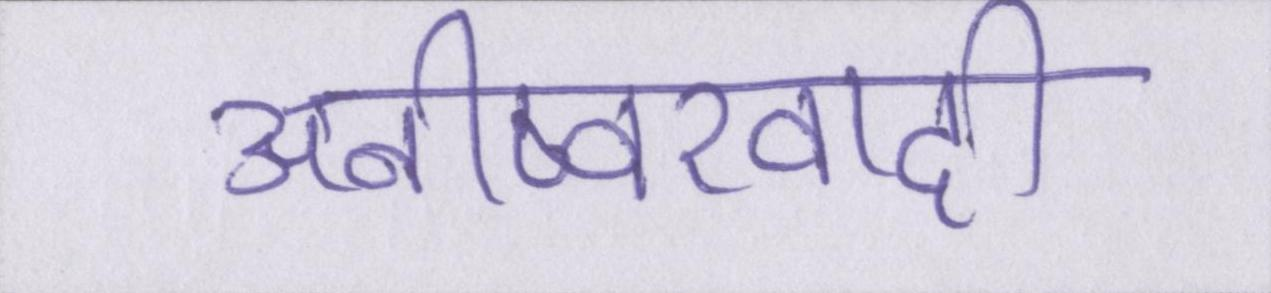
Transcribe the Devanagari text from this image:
अनीष्वरवादी